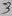
Text: 3